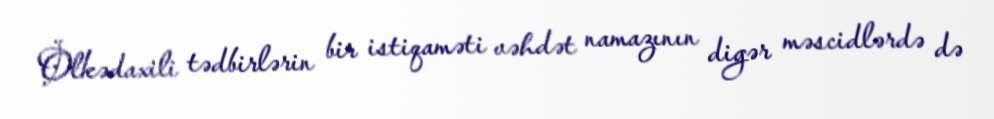
Ölkədaxili tədbirlərin bir istiqaməti vəhdət namazının digər məscidlərdə də